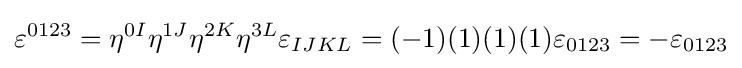
\varepsilon ^{0123}=\eta ^{0I}\eta ^{1J}\eta ^{2K}\eta ^{3L}\varepsilon _{IJKL}=(-1)(1)(1)(1)\varepsilon _{0123}=-\varepsilon _{0123}